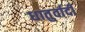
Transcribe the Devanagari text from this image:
धातुर्वादी